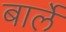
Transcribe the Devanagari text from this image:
बार्ले